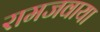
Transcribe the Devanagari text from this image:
रामजवाया